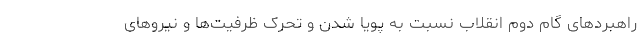
راهبردهای گام دوم انقلاب نسبت به پویا شدن و تحرک ظرفیت‌ها و نیروهای